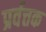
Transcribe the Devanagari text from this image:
प्रर्वत्तक